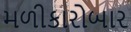
મળીકારોબાર